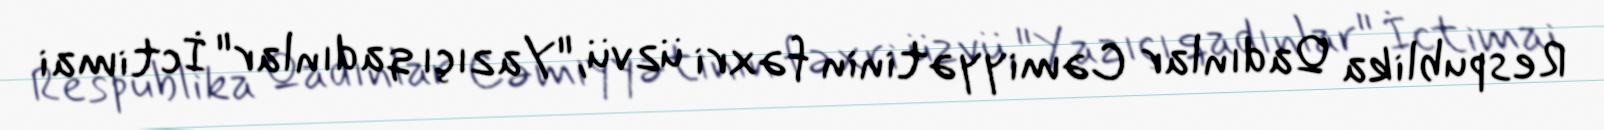
Respublika Qadınlar Cəmiyyətinin fəxri üzvü, "Yazıçı qadınlar" İctimai